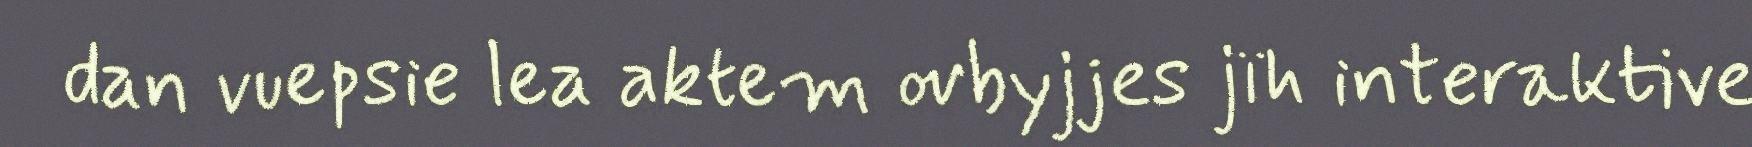
dan vuepsie lea aktem ovbyjjes jïh interaktive